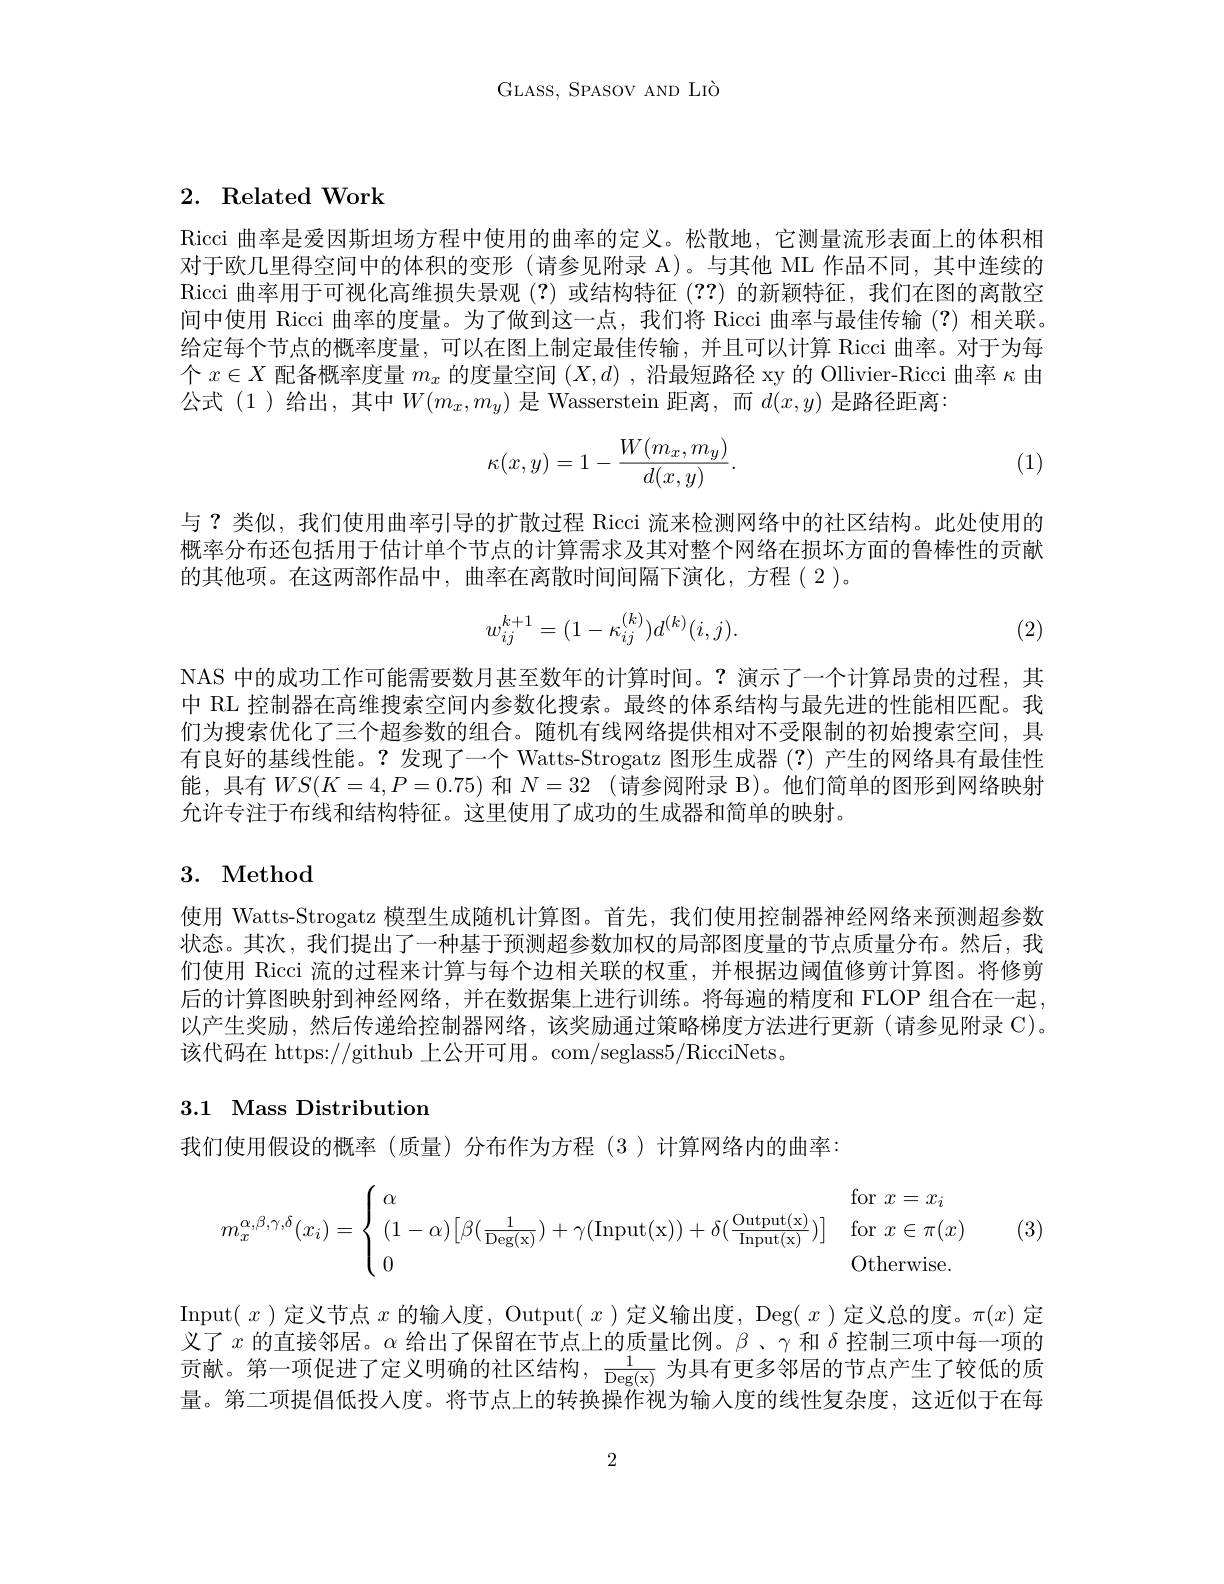
GLASS, SPASOV AND LIò

# 2. Related Work

Ricci 曲率是爱因斯坦场方程中使用的曲率的定义。松散地，它测量流形表面上的体积相对于欧几里得空间中的体积的变形(请参见附录 A)。与其他 ML 作品不同，其中连续的Ricci 曲率用于可视化高维损失景观(?)或结构特征(??)的新颖特征，我们在图的离散空间中使用 Ricci 曲率的度量。为了做到这一点，我们将 Ricci 曲率与最佳传输(?)相关联。给定每个节点的概率度量，可以在图上制定最佳传输，并且可以计算 Ricci 曲率。对于为每个$x\in X$配备概率度量$m_x$的度量空间$(X,d)$ , 沿最短路径 xy 的 Ollivier-Ricci 曲率$\kappa$由公式 (1)给出，其中$W(m_x,m_y)$是 Wasserstein 距离，而$d(x,y)$是路径距离：
$$\kappa(x,y)=1-\frac{W(m_x,m_y)}{d(x,y)}.$$
(1)

与？类似，我们使用曲率引导的扩散过程 Ricci 流来检测网络中的社区结构。此处使用的概率分布还包括用于估计单个节点的计算需求及其对整个网络在损坏方面的鲁棒性的贡献的其他项。在这两部作品中，曲率在离散时间间隔下演化，方程(2)。
$$w_{ij}^{k+1}=(1-\kappa_{ij}^{(k)})d^{(k)}(i,j).$$
(2)

NAS 中的成功工作可能需要数月甚至数年的计算时间。?演示了一个计算昂贵的过程，其中 RL 控制器在高维搜索空间内参数化搜索。最终的体系结构与最先进的性能相匹配。我们为搜索优化了三个超参数的组合。随机有线网络提供相对不受限制的初始搜索空间，具有良好的基线性能。?发现了一个 Watts-Strogatz 图形生成器 (?)产生的网络具有最佳性能，具有$WS(K=4,P=0.75)$和$N=32$ (请参阅附录 B)。他们简单的图形到网络映射允许专注于布线和结构特征。这里使用了成功的生成器和简单的映射。

## 3. Method

使用 Watts-Strogatz 模型生成随机计算图。首先，我们使用控制器神经网络来预测超参数状态。其次，我们提出了一种基于预测超参数加权的局部图度量的节点质量分布。然后，我们使用 Ricci 流的过程来计算与每个边相关联的权重，并根据边阈值修剪计算图。将修剪后的计算图映射到神经网络，并在数据集上进行训练。将每遍的精度和 FLOP 组合在一起以产生奖励，然后传递给控制器网络，该奖励通过策略梯度方法进行更新(请参见附录 C)。该代码在 https://github 上公开可用。com/seglass5/RicciNets。

## 3.1 Mass Distribution

我们使用假设的概率(质量)分布作为方程(3)计算网络内的曲率：
$$m_x^{\alpha,\beta,\gamma,\delta}(x_i)=\begin{cases}\:\alpha&\mathrm{for}\:x=x_i\\\:(1-\alpha)\big[\beta(\frac{1}{\mathrm{Deg}(\mathrm{x})})+\gamma(\mathrm{Input}(\mathrm{x}))+\delta(\frac{\mathrm{Output}(\mathrm{x})}{\mathrm{Input}(\mathrm{x})})\big]&\mathrm{for}\:x\in\pi(x)\\\:0&\mathrm{Otherwise}.\end{cases}$$
(3)

Input$(x$ )定义节点$x$的输入度，Output$(x$ )定义输出度，Deg$(x$ )定义总的度。$\pi(x)$定义了$x$的直接邻居。$\alpha$给出了保留在节点上的质量比例。$\beta$、γ和$\delta$控制三项中每一项的贡献。第一项促进了定义明确的社区结构，$\frac1{\mathrm{Deg(x)}}$为具有更多邻居的节点产生了较低的质量。第二项提倡低投人度。将节点上的转换操作视为输入度的线性复杂度，这近似于在每

2